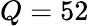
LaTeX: Q=52